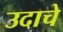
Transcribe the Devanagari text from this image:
उदाचे